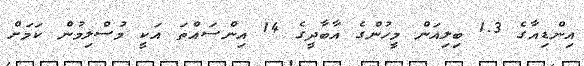
އިންޑިއާގެ 1.3 ބިލިއަން މީހުންގެ އާބާދީގެ 14 އިންސައްތަ އަކީ މުސްލިމުން ކަމަށް